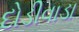
દોડીવાડા